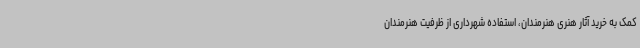
کمک به خرید آثار هنری هنرمندان، استفاده شهرداری از ظرفیت هنرمندان